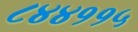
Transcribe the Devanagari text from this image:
८४४११५